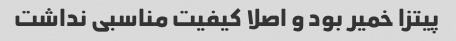
پیتزا خمیر بود و اصلا کیفیت مناسبی نداشت